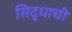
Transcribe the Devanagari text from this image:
सिद्धाची